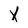
Character: X